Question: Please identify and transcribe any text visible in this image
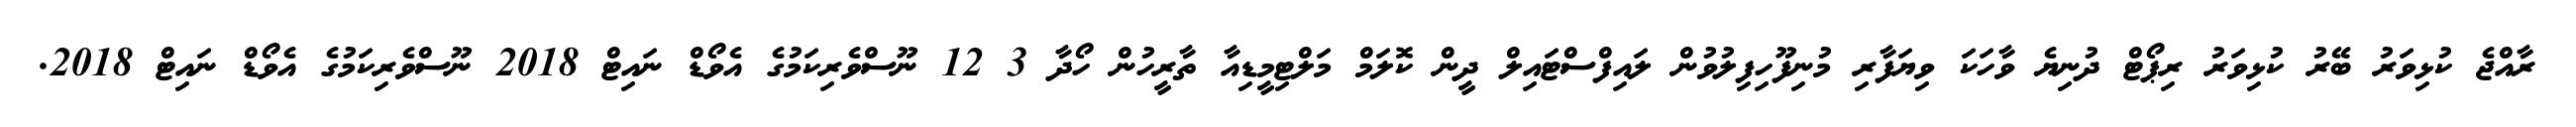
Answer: ރާއްޖެ ކުޅިވަރު ބޭރު ކުޅިވަރު ރިޕޯޓް ދުނިޔެ ވާހަކަ ވިޔަފާރި މުނިފޫހިފިލުވުން ލައިފްސްޓައިލް ދީން ކޮލަމް މަލްޓިމީޑިއާ ތާރީހުން ހޯދާ 3 12 ނޫސްވެރިކަމުގެ އެވޯޑް ނައިޓް 2018 ނޫސްވެރިކަމުގެ އެވޯޑް ނައިޓް 2018.